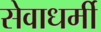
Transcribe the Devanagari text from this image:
सेवाधर्मी